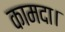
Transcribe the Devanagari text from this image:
कामदा।